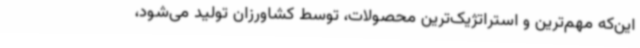
این‌که مهم‌ترین و استراتژیک‌ترین محصولات، توسط کشاورزان تولید می‌شود،